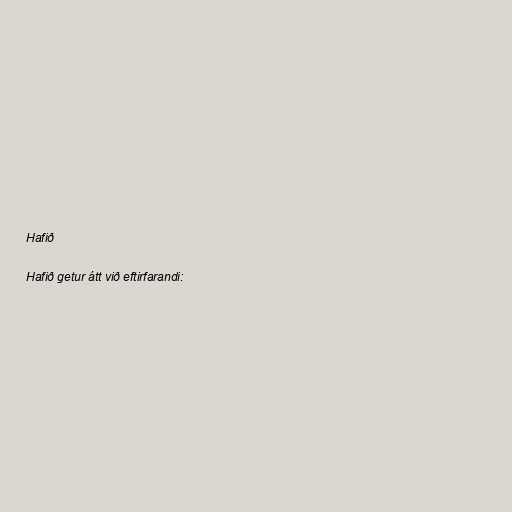
Hafið

Hafið getur átt við eftirfarandi: